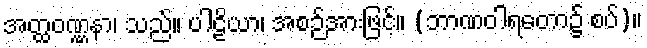
အတ္ထဝဏ္ဏနာ၊ သည်။ ပါဠိယာ၊ အစဉ်အားဖြင့်။ (ဘာဏဝါရတော၌ စပ်)။